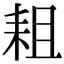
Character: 耝